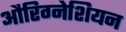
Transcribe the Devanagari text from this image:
औरिग्नेशियन